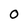
Character: O